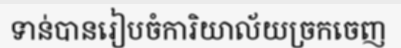
ទាន់បានរៀបចំការិយាល័យច្រកចេញ